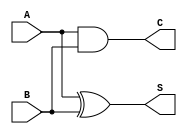
module CarryLookaheadHalfAdder (
    input wire A,    // First single-bit input
    input wire B,    // Second single-bit input
    output wire S,   // Sum output
    output wire C    // Carry output
);

    // Calculate the Sum output using XOR
    assign S = A ^ B;

    // Calculate the Carry output using AND
    assign C = A & B;

endmodule